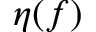
\eta ( f )